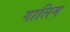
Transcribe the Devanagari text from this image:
गालिम